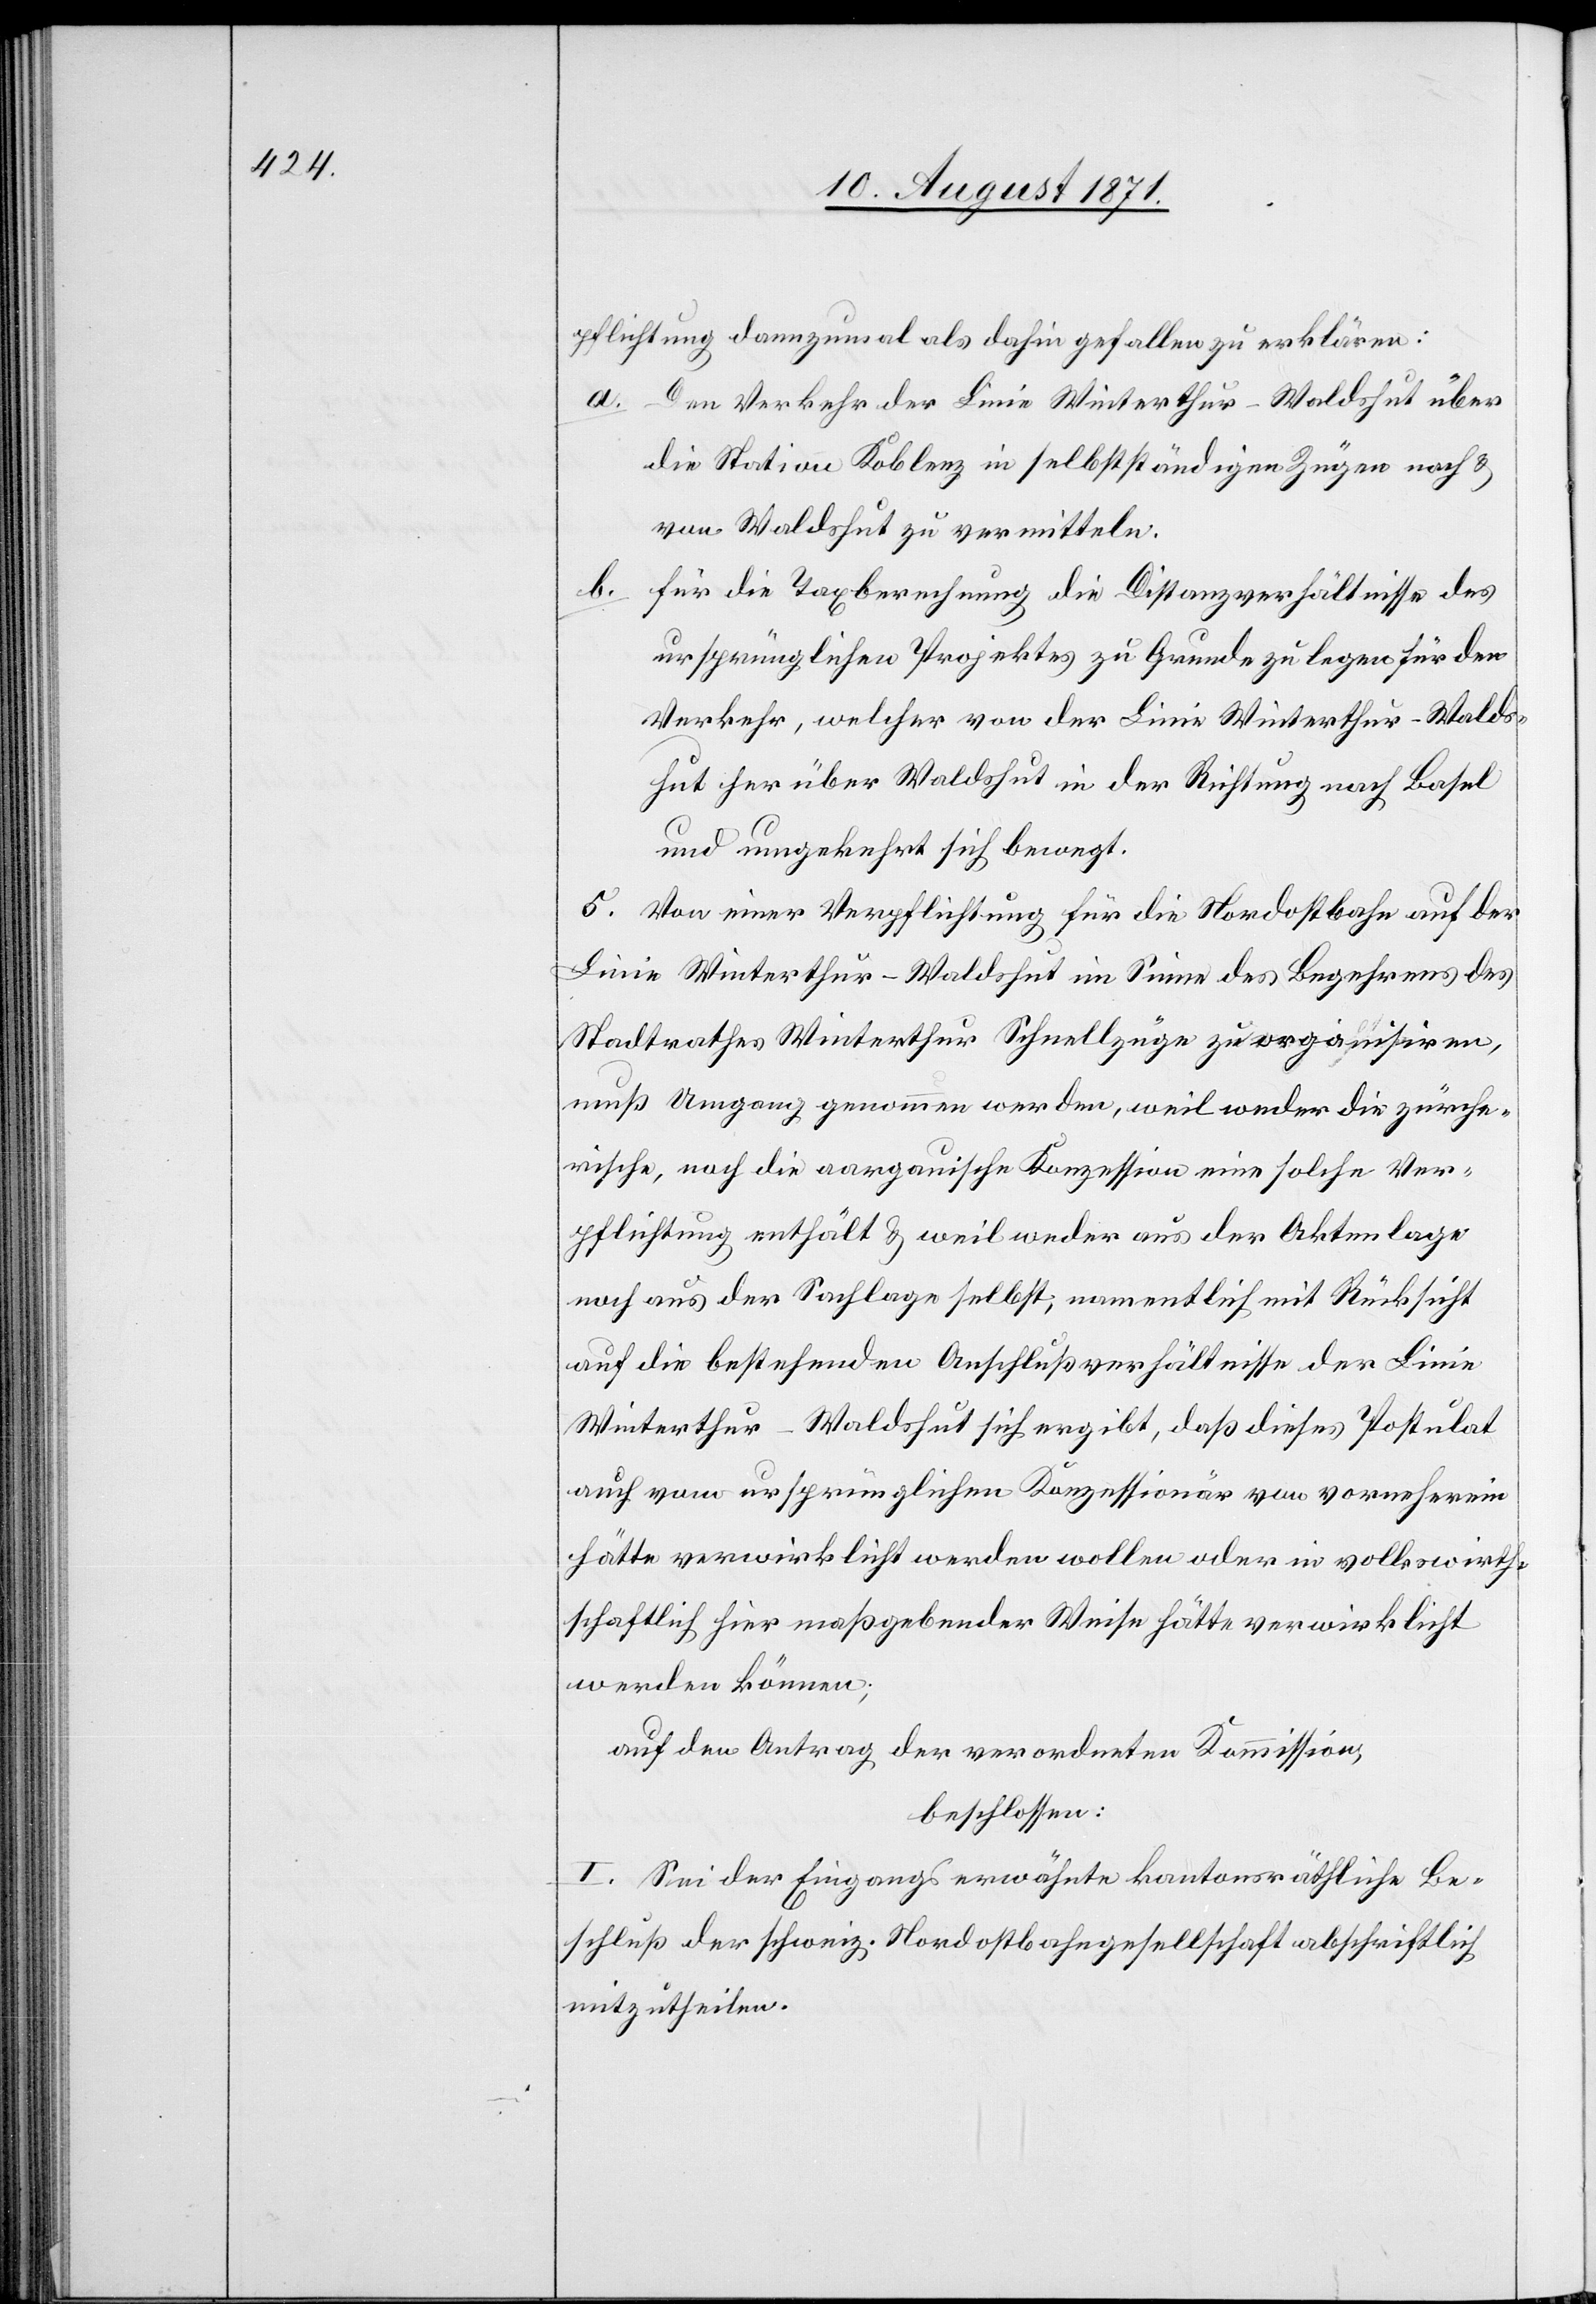
pflichtung dannzumal als dahin gefallen zu erklären:
a. Der Verkehr der Linie Winterthur–Waldshut über
die Station Koblenz in selbstständigen Zügen nach &
von Waldshut zu vermitteln.
b. Für die Taxberechnung die Distanzverhältnisse des
ursprünglichen Projektes zu Grunde zu legen für den
Verkehr, welcher von der Linie Winterthur–Walds¬
hut her über Waldshut in der Richtung nach Basel
und umgekehrt sich bewegt.
c. Von einer Verpflichtung für die Nordostbahn auf der
Linie Winterthur–Waldshut im Sinne des Begehrens des
Stadtrathes Winterthur Schnellzüge zu organisiren,
muß Umgang genommen werden, weil weder die zürche¬
rische, noch die aargauische Konzession eine solche Ver¬
pflichtung enthält & weil weder aus den Aktenlage
noch aus der Sachlage selbst; namentlich mit Rücksicht
auf die bestehenden Anschlussverhältnisse der Linien
Winterthur–Waldshut sich ergibt, daß dieses Postulat
auch vom ursprünglichen Konzessionär von vornherein
hätte verwirklicht werden wollen oder in volkswirt¬
schaftlich sich maßgebender Weise hätte verwirklicht
werden können;
auf den Antrag der verordneten Kommission
beschlossen:
I. Sei der Eingangs erwähnte kantonsräthliche Be¬
schluß der schweiz. Nordostbahngesellschaft abschriftlich
mitzutheilen.